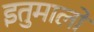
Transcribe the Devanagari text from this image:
इतुमालो